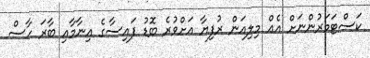
ކަސްޓަމަރުންނަށް އެއް މިލިއަން ރުފިޔާ އަށްވުރެ ބޮޑު ފައިސާގެ އިނާމާއި ބާރަ ހާސް